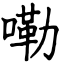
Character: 嘞